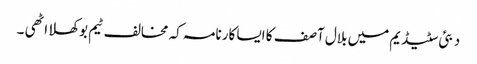
دبئی سٹیڈیم میں بلال آصف کا ایسا کارنامہ کہ مخالف ٹیم بوکھلا اٹھی ۔